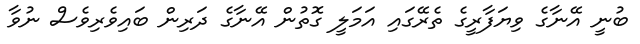
ބުނީ އޭނާގެ ވިޔަފާރީގެ ތެރޭގައި އަމަލީ ގޮތުން އޭނާގެ ދަރިން ބައިވެރިވެސް ނުވާ